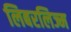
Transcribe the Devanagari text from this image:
लिबरलिज्म